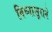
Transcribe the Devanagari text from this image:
विघ्नासूराने